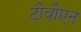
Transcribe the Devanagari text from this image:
टीवीएन